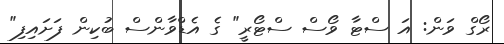
ރޯގް ވަން: އަ ސްޓާ ވޯސް ސްޓޯރީ" ގެ އެޑްވާންސް ބުކިން ފަށައިފި"